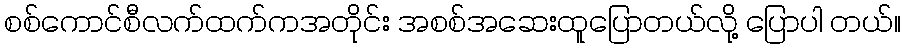
စစ်ကောင်စီလက်ထက်ကအတိုင်း အစစ်အဆေးထူပြောတယ်လို့ ပြောပါ တယ်။